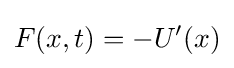
F(x,t)=-U'(x)